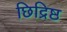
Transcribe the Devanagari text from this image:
छिद्रिष्ठ